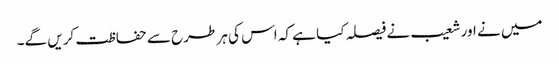
میں نے اور شعیب نے فیصلہ کیا ہے کہ اس کی ہر طرح سے حفاظت کریں گے۔